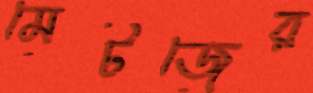
মেটজের